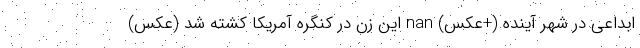
ابداعی در شهر آینده (+عکس) nan این زن در کنگره آمریکا کشته شد (عکس)